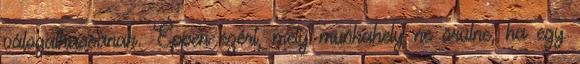
válogathassanak. Éppen ezért, mely munkahely ne örülne, ha egy